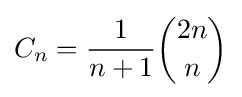
C_{n}={\frac {1}{n+1}}{2n \choose n}